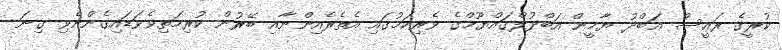
ކުރީގެ ރައީސް އަބްދު ޔާމީން އަބްދުލްގައްޔޫމްގެ ވެރިކަމުގައި އެތެރެއިންނާއި ބޭރުން ކުރިމަތިވެވަޑައިގެންނެވި ގިނަ